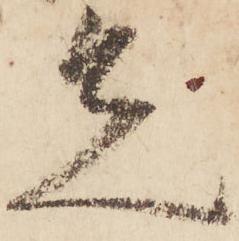
先